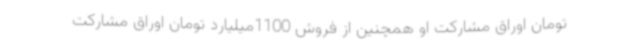
تومان اوراق مشارکت او همچنین از فروش 1100میلیارد تومان اوراق مشارکت